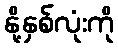
နို့နှစ်လုံးကို